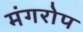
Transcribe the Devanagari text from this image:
मंगरोप